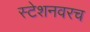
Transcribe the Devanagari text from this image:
स्टेशनवरच